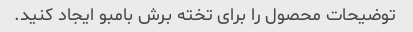
توضیحات محصول را برای تخته برش بامبو ایجاد کنید.